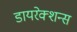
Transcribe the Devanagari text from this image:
डायरेक्शन्स